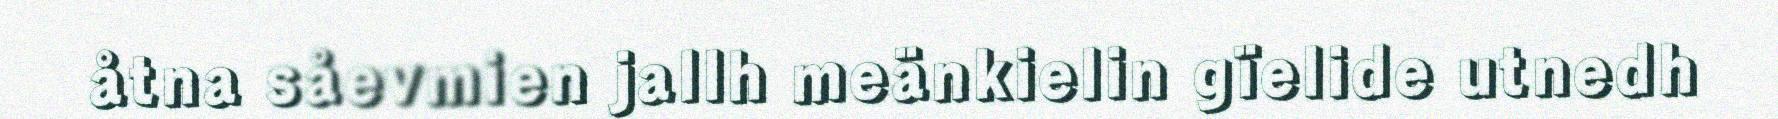
åtna såevmien jallh meänkielin gïelide utnedh